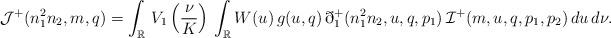
LaTeX: \begin{align*}\mathcal{J}^{+}(n^2_1n_2,m,q) = \displaystyle\int_{\mathbb{R}}\,V_1\left(\frac{\nu}{K}\right)\,\displaystyle\int_{\mathbb{R}} W(u)\,g(u,q)\,\eth_1^{+}(n^2_1n_2,u,q,p_1)\,\mathcal{I}^{+} (m,u,q,p_1,p_2)\,du\,d\nu.\end{align*}